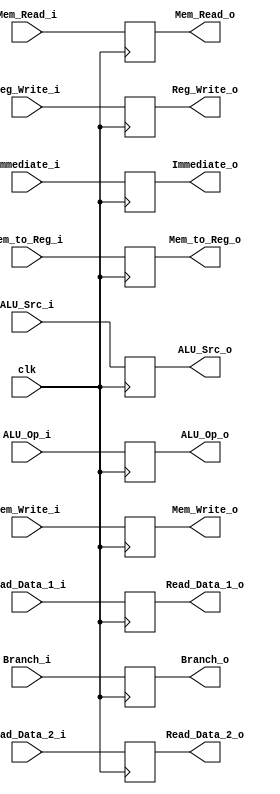
module ID_EX 
#(	parameter DATA_WIDTH = 32,
	parameter MEMORY_DEPTH = 256

)
(
	input clk,
	input [2:0]ALU_Op_i,
	input ALU_Src_i,
	input Reg_Write_i,
	input Mem_to_Reg_i,
	input Mem_Read_i,
	input Mem_Write_i,
	input Branch_i,
	input  [31:0]Read_Data_1_i,
	input  [31:0]Read_Data_2_i,
	input  [31:0]Immediate_i,
	//*OUTPUTS*//
	output reg [2:0]ALU_Op_o,
	output reg ALU_Src_o,
	output reg Reg_Write_o,
	output reg Mem_to_Reg_o,
	output reg Mem_Read_o,
	output reg Mem_Write_o,
	output reg Branch_o,
	output reg [31:0]Read_Data_1_o,
	output reg [31:0]Read_Data_2_o,
	output reg [31:0]Immediate_o
);

always@(posedge clk)
begin
	ALU_Op_o = ALU_Op_i;
	ALU_Src_o = ALU_Src_i;
	Reg_Write_o = Reg_Write_i;
	Mem_to_Reg_o = Mem_to_Reg_i;
	Mem_Read_o = Mem_Read_i;
	Mem_Write_o = Mem_Write_i;
	Branch_o = Branch_i;
	Read_Data_1_o = Read_Data_1_i;
	Read_Data_2_o = Read_Data_2_i;
	Immediate_o = Immediate_i;
	
end

endmodule